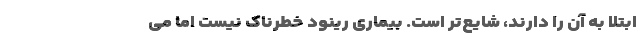
ابتلا به آن را دارند، شایع‌تر است. بیماری رینود خطرناک نیست اما می